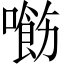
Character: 𠿰